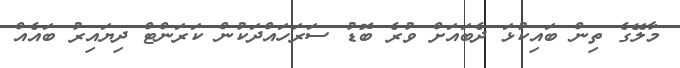
މާލޭގެ ތިން ބައިކުޅަ ދެބައަށް ވުރެ ބޮޑު ސަރަހައްދަކުން ކަރަންޓް ދިޔައިރު ބައެއް